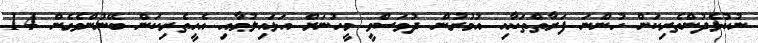
ނުކުޅެދުންތެރިކަން ހުންނަ ފަރާތްތަކާއި އުމުރުން ދުވަސްވީ މީހުނަށް އަޅައިލުމާއި އެހީތެރިކަން ބޭނުންވެގެން 14